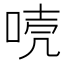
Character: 𠳗